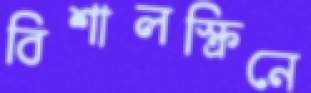
বিশালস্ক্রিনে